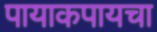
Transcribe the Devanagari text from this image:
पायाकपायचा